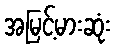
အမြင့်မားဆုံး